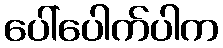
ပေါ်ပေါက်ပါက